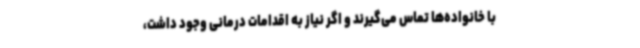
با خانواده‌ها تماس می‌گیرند و اگر نیاز به اقدامات درمانی وجود داشت،